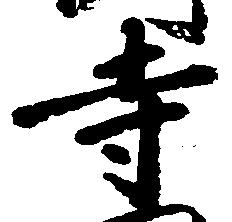
寺